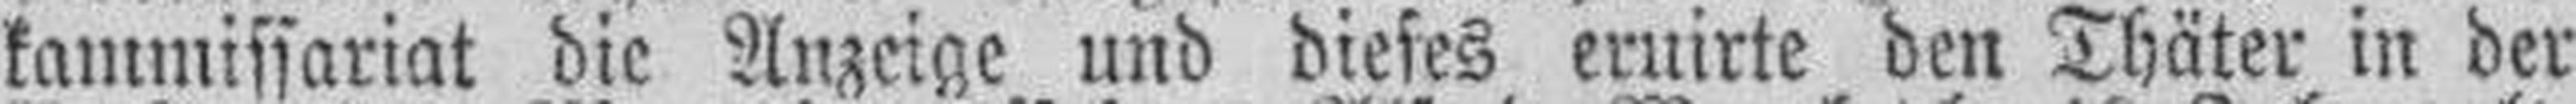
kammissariat die Anzeige und dieses eruirte den Thäter in der